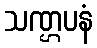
သဏ္ဌပနံ